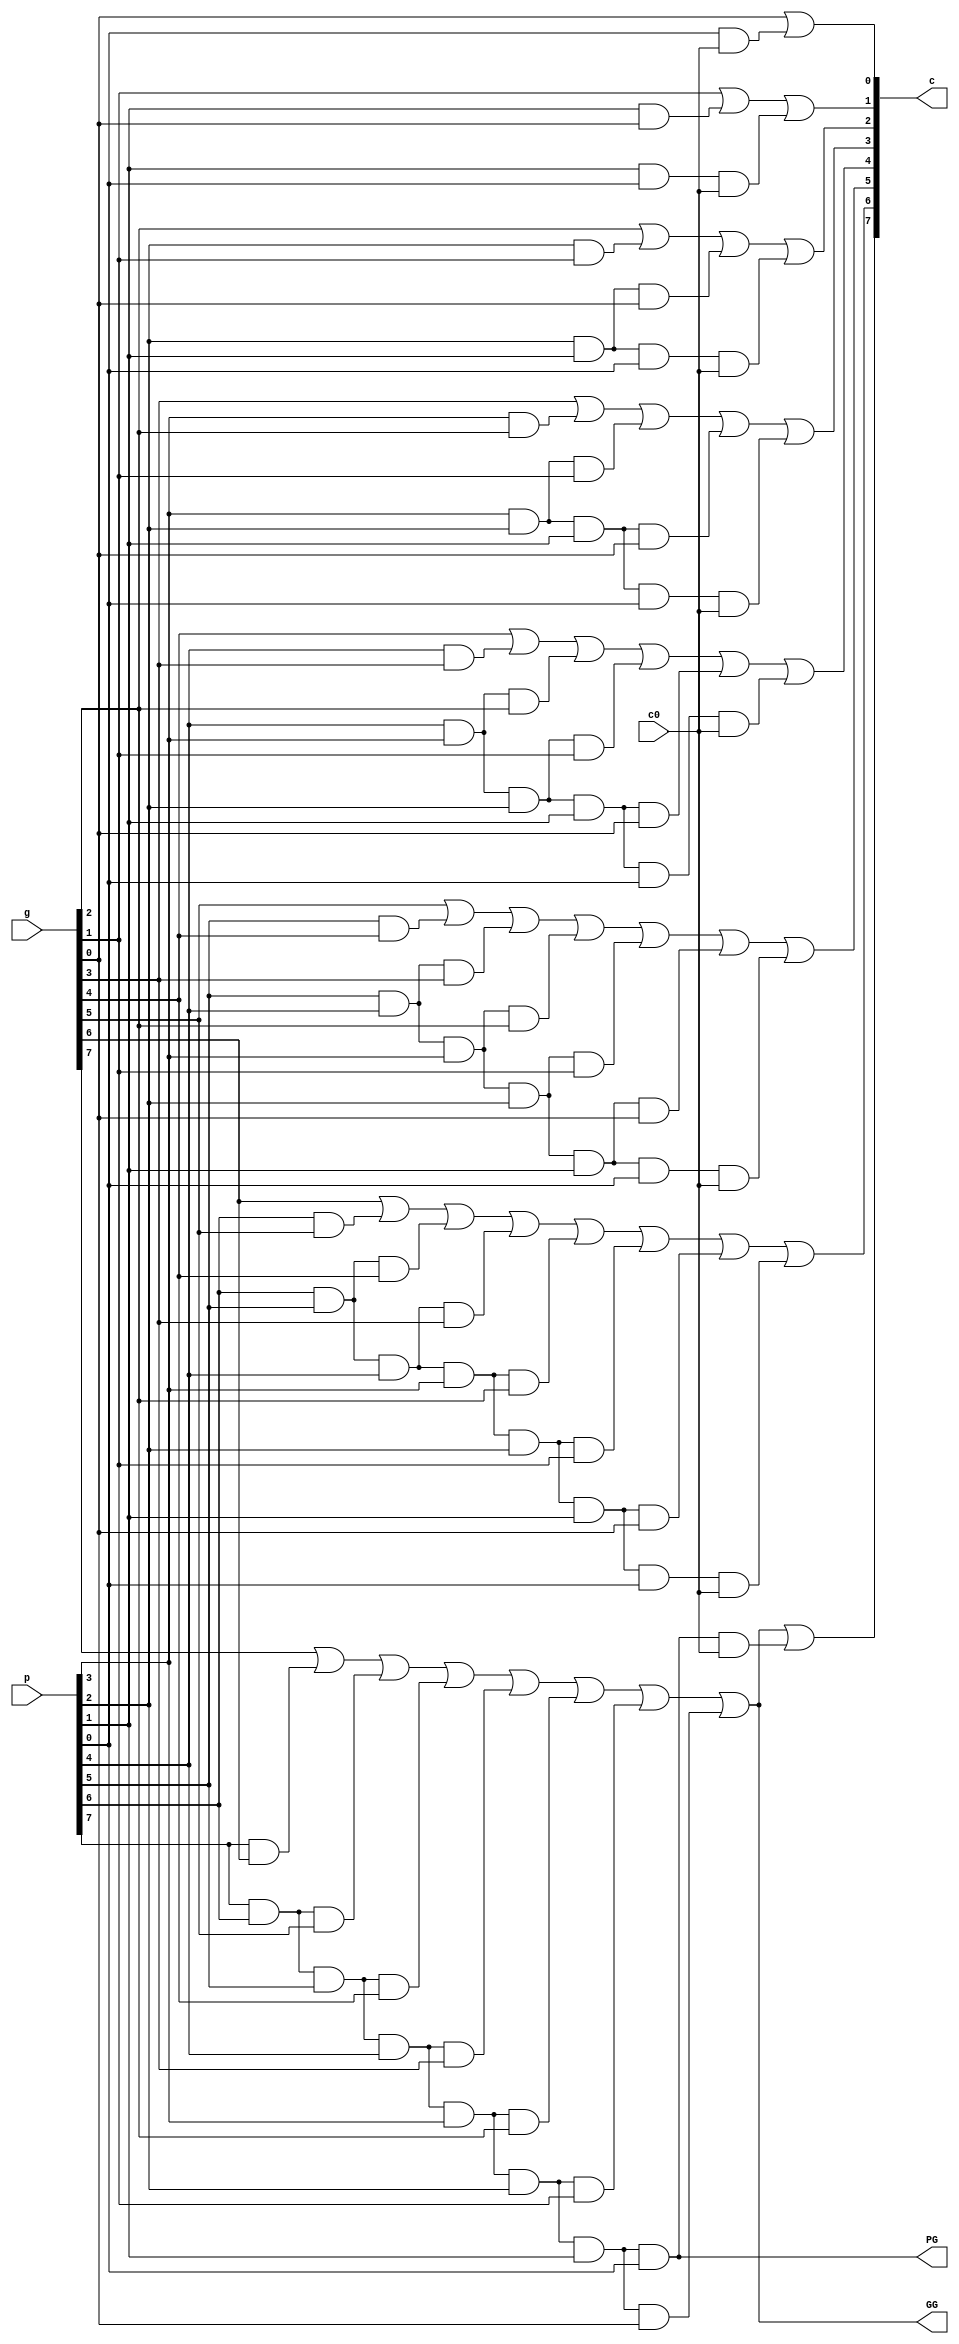
module LookAhead8(p,g,c,PG,GG,c0);
	input [7:0] p,g;
	output [8:1] c;
	wire p7,g7;
	output PG,GG;
	input c0;
	assign c[1] = g[0] | p[0]&c0;
	assign c[2] = g[1] | p[1]&g[0] | p[1]&p[0]&c0;
	assign c[3] = g[2] | p[2]&g[1] | p[2]&p[1]&g[0] | p[2]&p[1]&p[0]&c0; 
	assign c[4] = g[3] | p[3]&g[2] | p[3]&p[2]&g[1] | p[3]&p[2]&p[1]&g[0] | p[3]&p[2]&p[1]&p[0]&c0;
	assign c[5] = g[4] | p[4]&g[3] | p[4]&p[3]&g[2] | p[4]&p[3]&p[2]&g[1] | p[4]&p[3]&p[2]&p[1]&g[0] | p[4]&p[3]&p[2]&p[1]&p[0]&c0;
	assign c[6] = g[5] | p[5]&g[4] | p[5]&p[4]&g[3] | p[5]&p[4]&p[3]&g[2] | p[5]&p[4]&p[3]&p[2]&g[1] | p[5]&p[4]&p[3]&p[2]&p[1]&g[0] | p[5]&p[4]&p[3]&p[2]&p[1]&p[0]&c0;
	assign c[7] = g[6] | p[6]&g[5] | p[6]&p[5]&g[4] | p[6]&p[5]&p[4]&g[3] | p[6]&p[5]&p[4]&p[3]&g[2] | p[6]&p[5]&p[4]&p[3]&p[2]&g[1] | p[6]&p[5]&p[4]&p[3]&p[2]&p[1]&g[0] | p[6]&p[5]&p[4]&p[3]&p[2]&p[1]&p[0]&c0;
	assign p7 = p[7]&p[6]&p[5]&p[4]&p[3]&p[2]&p[1]&p[0];
	assign g7 = g[7] | p[7]&g[6] | p[7]&p[6]&g[5] | p[7]&p[6]&p[5]&g[4] | p[7]&p[6]&p[5]&p[4]&g[3] | p[7]&p[6]&p[5]&p[4]&p[3]&g[2] | p[7]&p[6]&p[5]&p[4]&p[3]&p[2]&g[1] | p[7]&p[6]&p[5]&p[4]&p[3]&p[2]&p[1]&g[0];
	assign c[8] = g7 | p7&c0;
	assign PG = p7;
	assign GG = g7;
endmodule